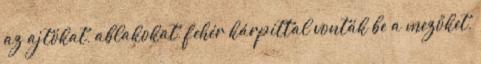
az ajtókat, ablakokat, fehér kárpittal vonták be a mezőket,